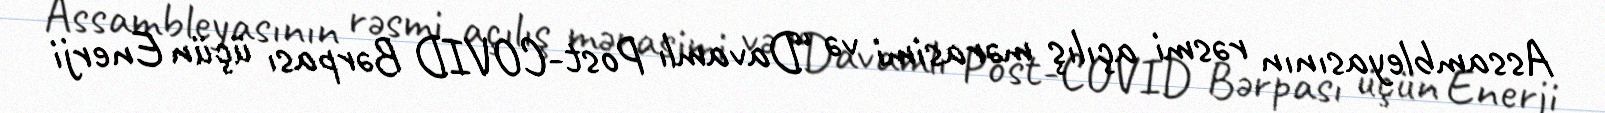
Assambleyasının rəsmi açılış mərasimi və “Davamlı Post-COVID Bərpası üçün Enerji